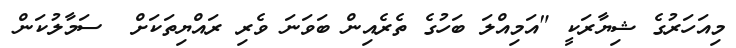
މިއަހަރުގެ ޝިޔާރަކީ "އަމިއްލަ ބަހުގެ ތެރެއިން ބަވަނަ ވެރި ރައްޔިތަކަށް  ސަމާލުކަން